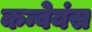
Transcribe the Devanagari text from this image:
कन्वेयंस